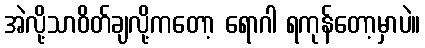
အဲလို့သာဝိတ်ချလို့ကတော့ ရောဂါ ရကုန်တော့မှာပဲ။